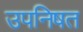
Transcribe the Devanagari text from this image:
उपनिषत